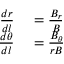
\begin{array} { r l } { \frac { d r } { d l } } & { { } = \frac { B _ { r } } { B } } \\ { \frac { d \theta } { d l } } & { { } = \frac { B _ { \theta } } { r B } } \end{array}